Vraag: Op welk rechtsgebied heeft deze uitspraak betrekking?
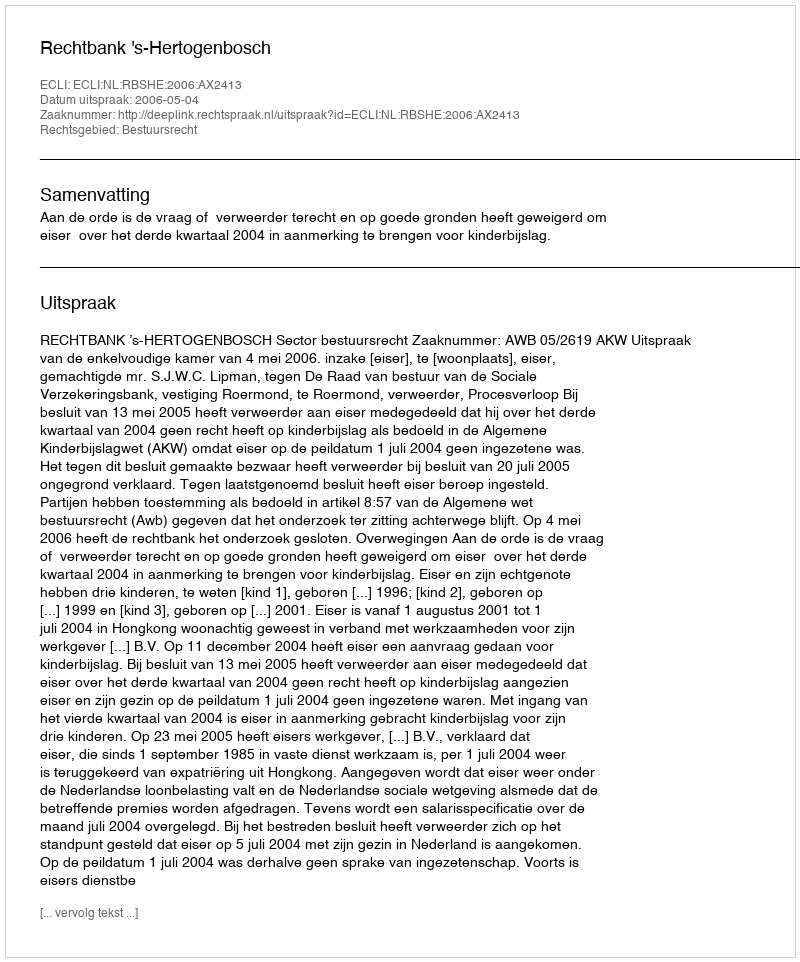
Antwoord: Bestuursrecht